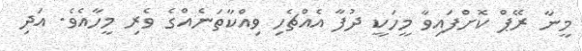
މީނާ ރޭޕް ކޮށްފައިވާ މީހަކީ ދުފާ އެއްޗެހި ވިއްކާތަނެއްގެ ވެރި މީހާއެވެ. އަދި